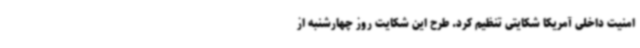
امنیت داخلی آمریکا شکایتی تنظیم کرد. طرح این شکایت روز چهارشنبه از